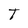
Character: T